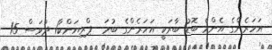
އަހަރެންގެ އެންމެ ބޮޑު ބާރަކީ އަހަރެންގެ ބުމަ  ޕްރިޔަންކާ1 ދުވަސް 15